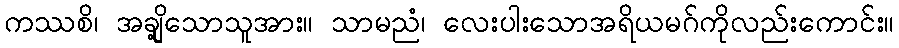
ကဿစိ၊ အချို့သောသူအား။ သာမညံ၊ လေးပါးသောအရိယမဂ်ကိုလည်းကောင်း။